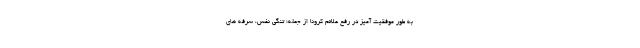
به طور موفقیت آمیز در رفع علائم کرونا از جمله؛ تنگی نفس، سرفه های